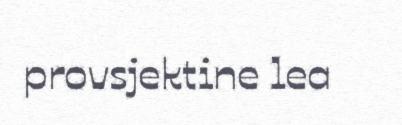
provsjektine lea